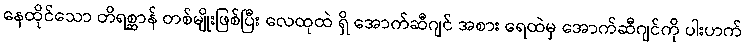
နေထိုင်သော တိရစ္ဆာန် တစ်မျိုးဖြစ်ပြီး လေထုထဲ ရှိ အောက်ဆီဂျင် အစား ရေထဲမှ အောက်ဆီဂျင်ကို ပါးဟက်